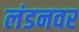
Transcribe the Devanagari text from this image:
लंडनवर